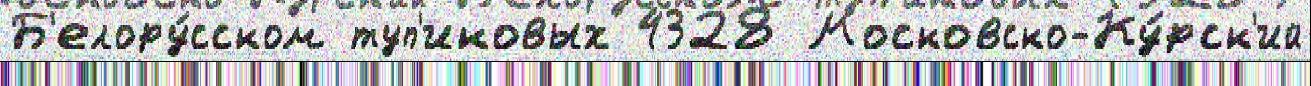
Б'елору́сском туп'иковых 4328 Московско-Ку́рск'ий